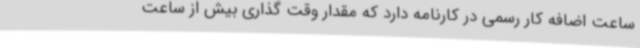
ساعت اضافه کار رسمی در کارنامه دارد که مقدار وقت گذاری بیش از ساعت